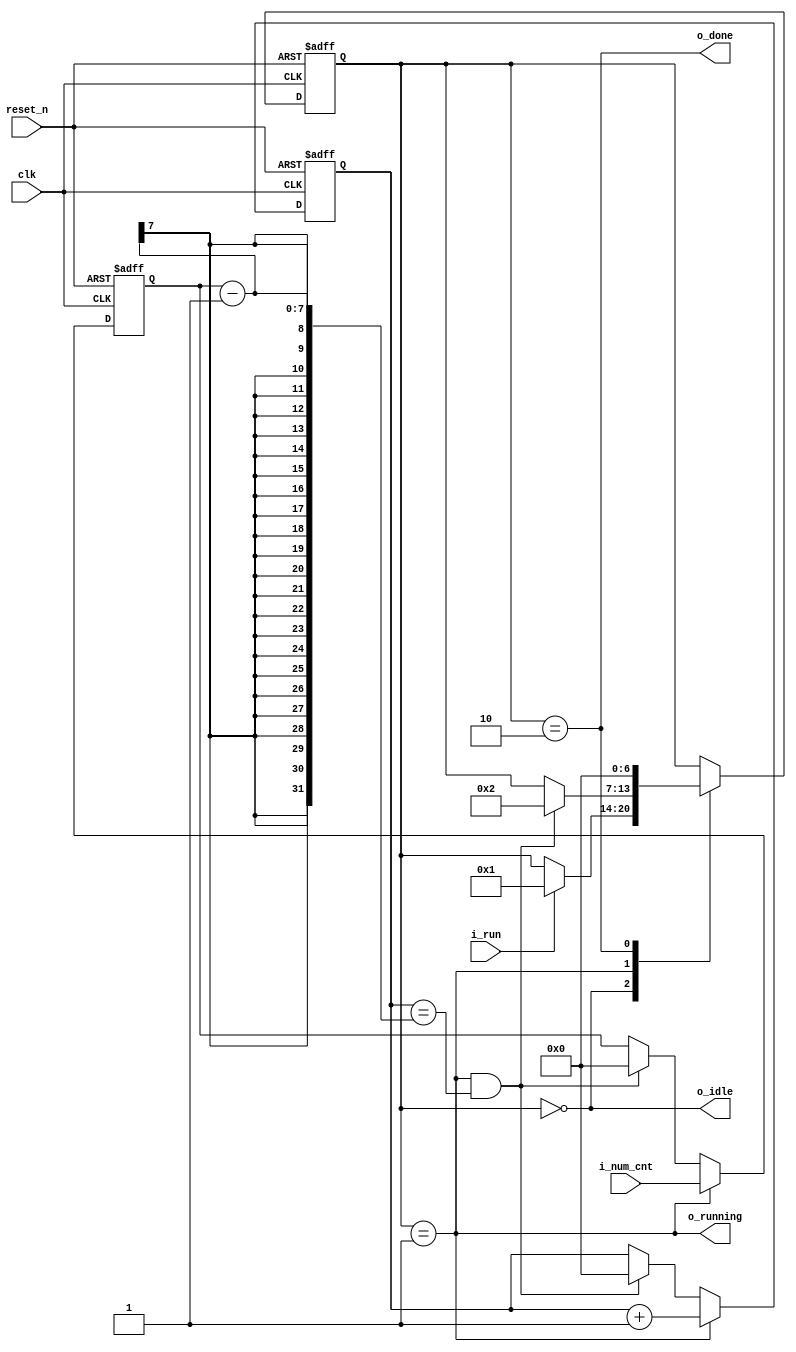
`timescale 1ns/1ns

module dw_fsm_counter (
    input clk, 
    input reset_n,
    input i_run,
    input [6:0] i_num_cnt,
    output o_idle,
    output o_running,
    output o_done
);

reg [6:0] c_state;
wire is_done;
reg [6:0] num_cnt;
reg [6:0] cnt;

localparam S_IDLE = 2'b00;
localparam S_RUN = 2'b01;
localparam S_DONE = 2'b10;

//update c_state
always @(posedge clk or negedge reset_n) begin
    if (!reset_n)begin
        c_state <= 0;
    end
    else begin
        case(c_state)
            S_IDLE  : if(i_run) c_state <= S_RUN;
            S_RUN   : if(is_done) c_state <= S_DONE;
            S_DONE  : c_state <= S_IDLE;
        endcase    
    end
end


//compute max num
always @(posedge clk or negedge reset_n) begin
    if(!reset_n)begin
        num_cnt <= 0;
    end else if (o_running) begin
        num_cnt <= i_num_cnt;
    end else if (is_done) begin
        num_cnt <= 0;
    end
end

//compute count
always @(posedge clk or negedge reset_n) begin
    if(!reset_n)begin
        cnt <= 0;
    end else if (o_running) begin
        cnt <= cnt + 1;
    end else if (is_done) begin
        cnt <=0 ;
    end
    
end

assign o_idle       = (c_state == S_IDLE);
assign o_running    = (c_state == S_RUN);
assign o_done       = (c_state == S_DONE);


assign is_done = o_running && (cnt == num_cnt - 1);

endmodule